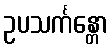
ဥပသင်္ကန္တော